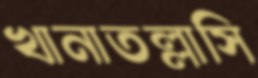
খানাতল্লাসি